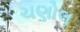
ચણોલ